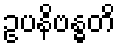
ဥပနိဗန္ဓတိ